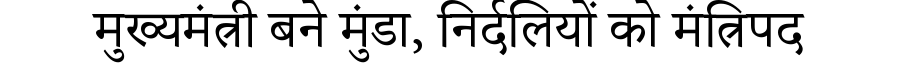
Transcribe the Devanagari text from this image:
मुख्यमंत्री बने मुंडा, निर्दलियों को मंत्रिपद